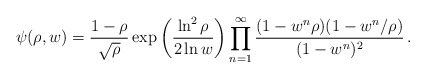
\begin{align*}\psi(\rho,w)= {1-\rho\over\sqrt\rho}\exp\left({\ln^2\rho\over2\ln w}\right)\prod_{n=1}^\infty{(1-w^n\rho)(1-w^n/\rho)\over(1-w^n)^2}\,.\end{align*}